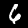
Label: 6